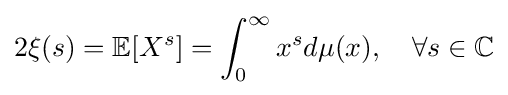
2\xi (s)=\mathbb {E} [X^{s}]=\int _{0}^{\infty }x^{s}d\mu (x),\quad \forall s\in \mathbb {C}